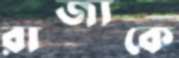
রাজ্যকে